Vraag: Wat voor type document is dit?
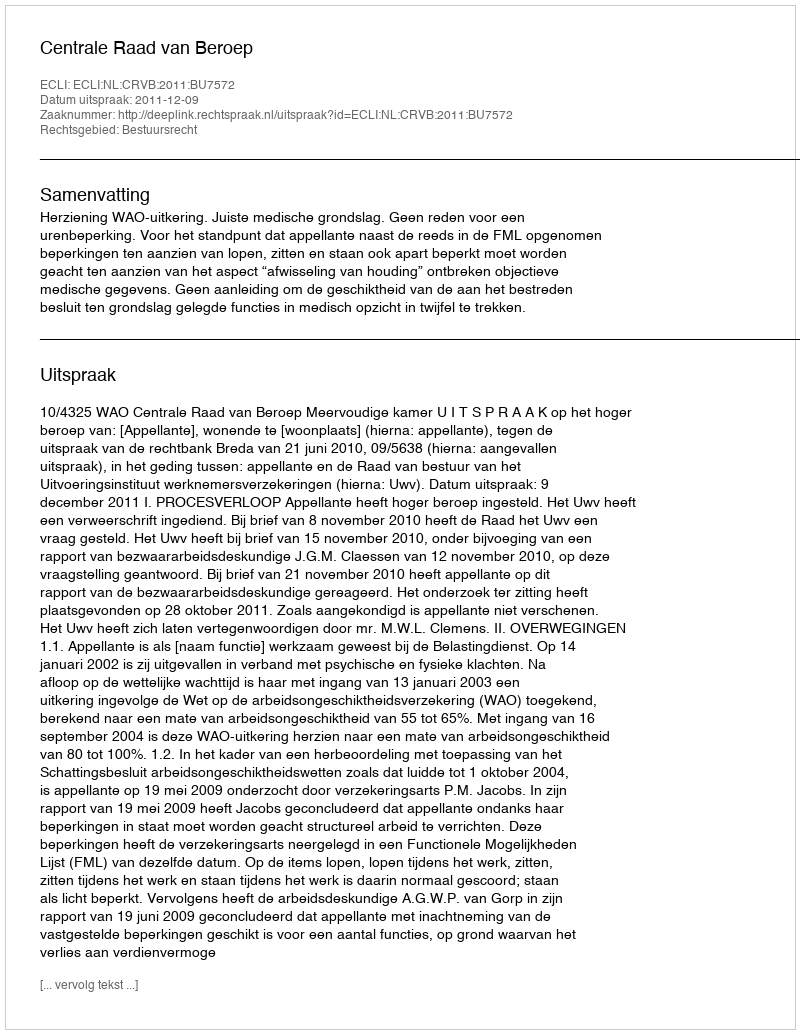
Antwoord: Uitspraak